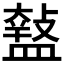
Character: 𥂱